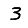
Digit: 3